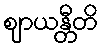
ဈာယန္တီတိ